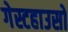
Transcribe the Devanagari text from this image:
गेस्टहाउसों